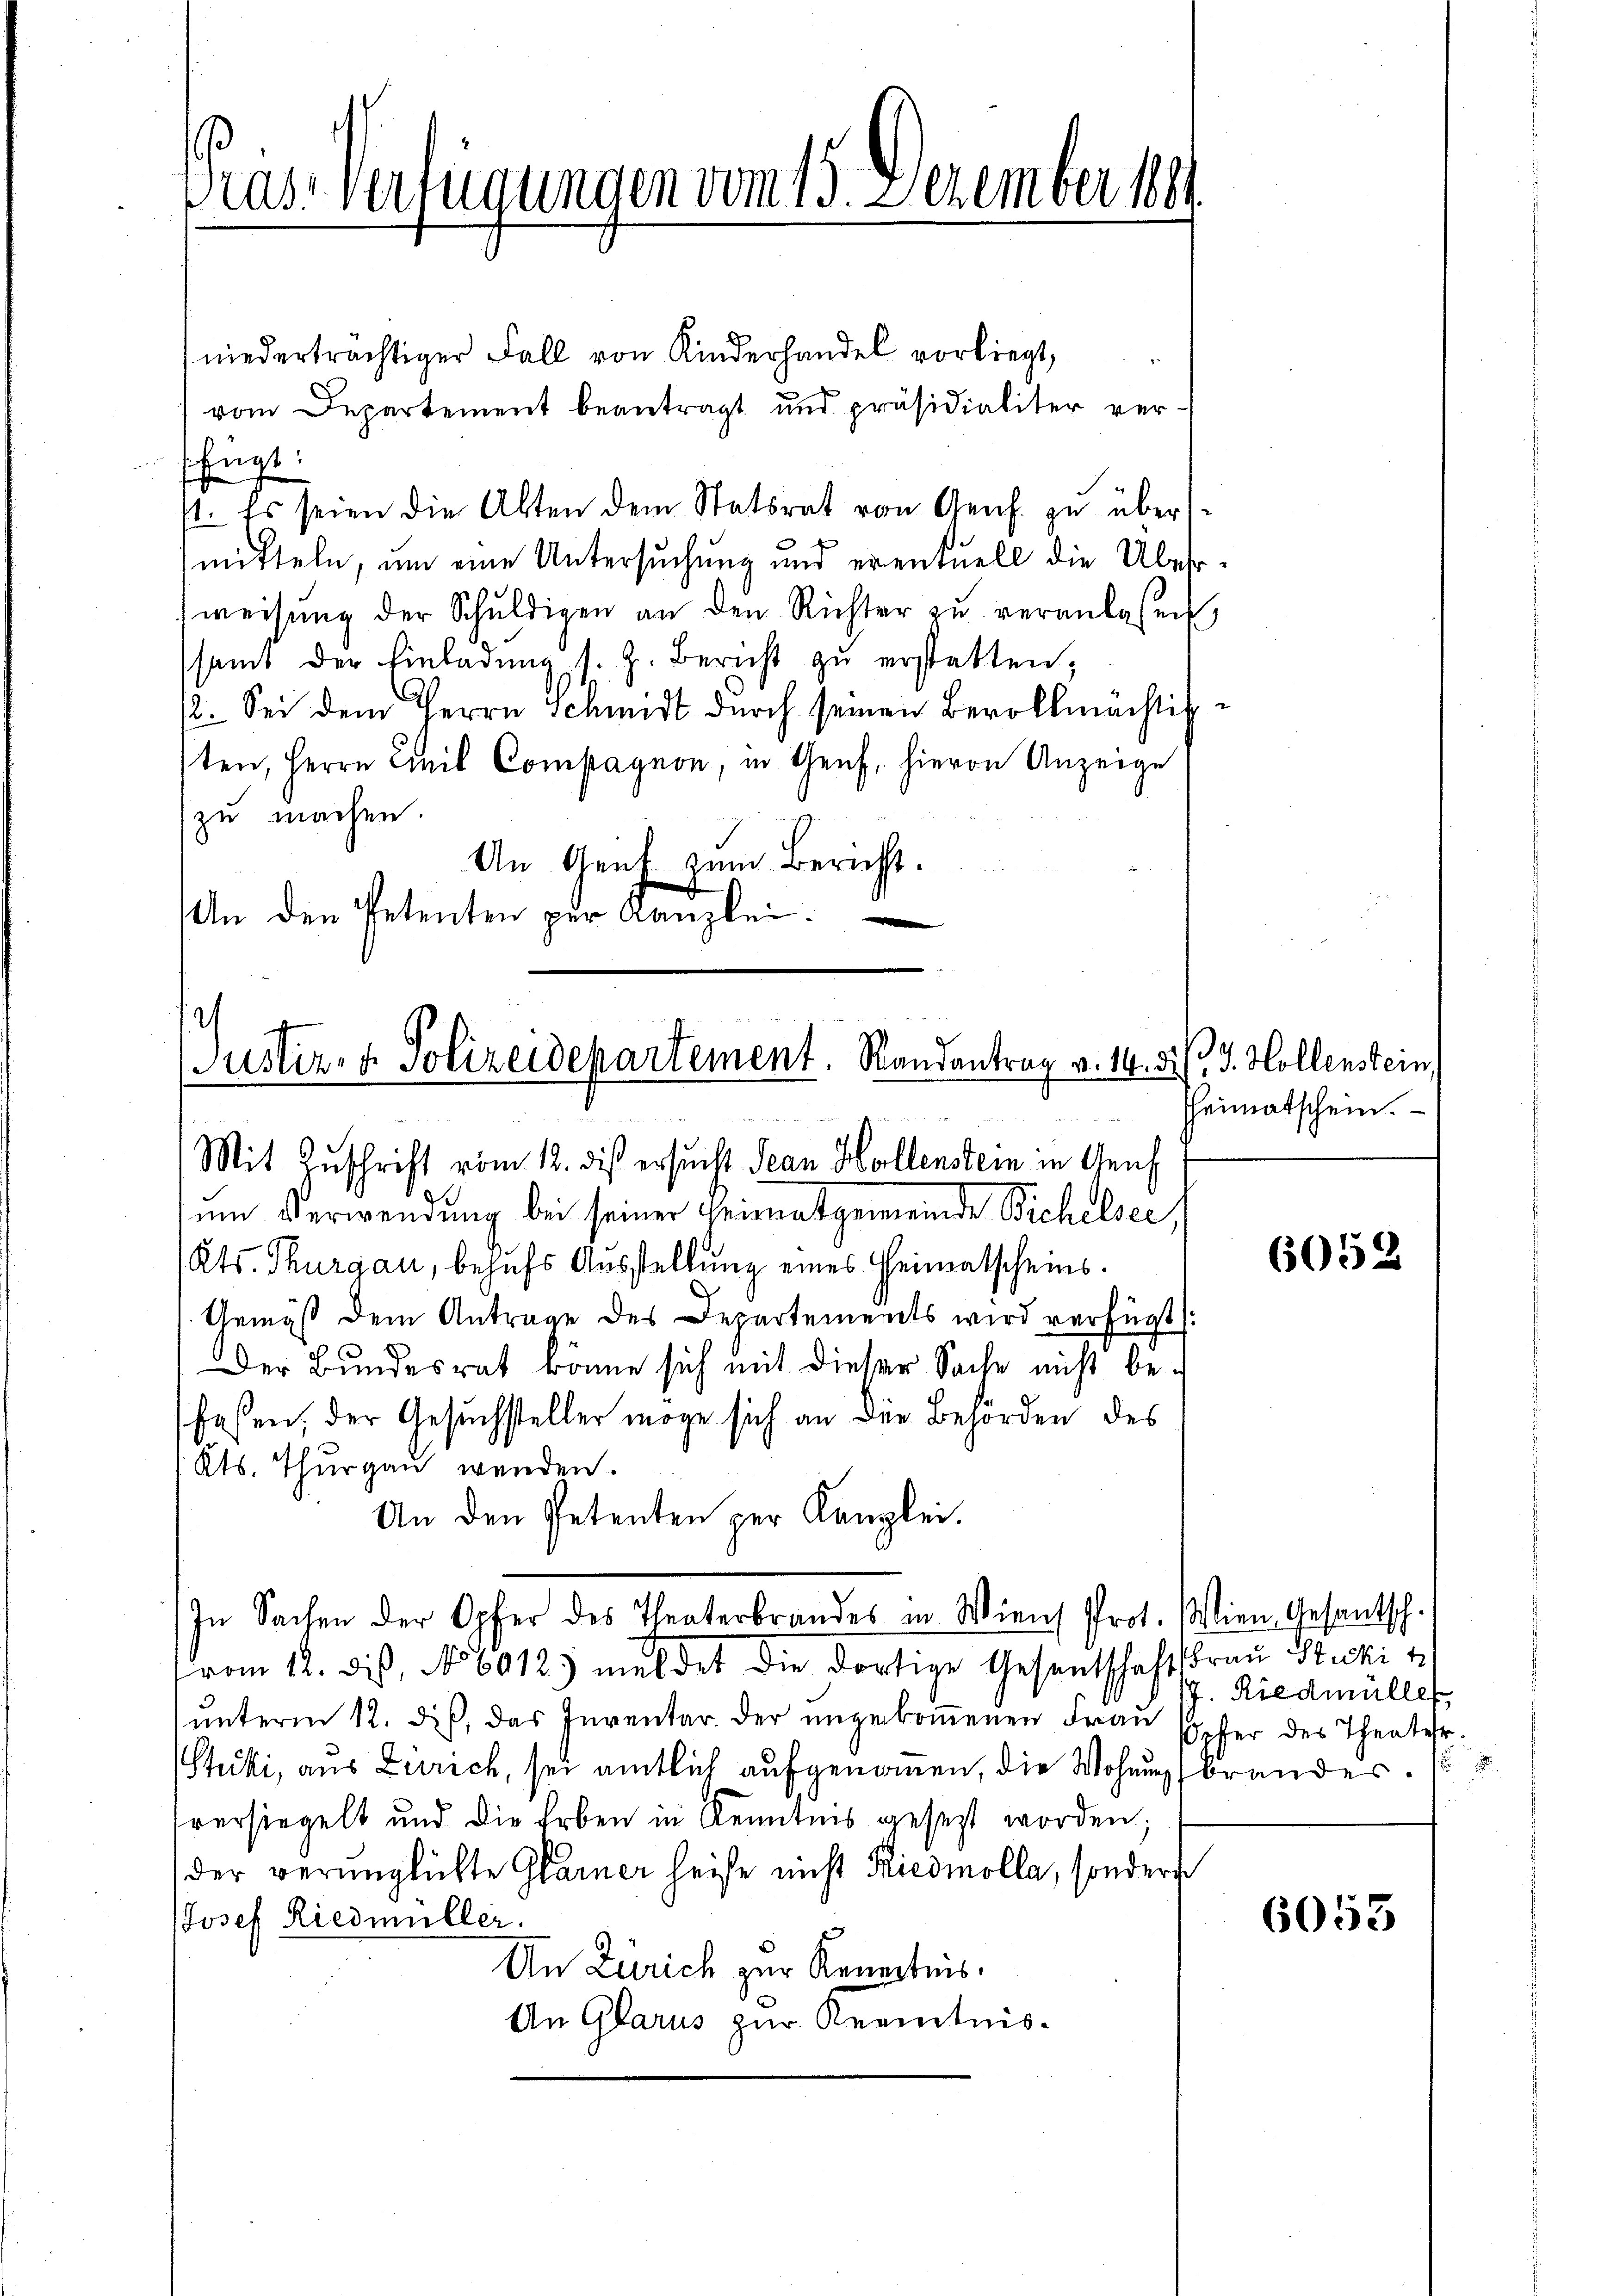
Prase Verfügungen vom 13. Dezember 1891

niederträchtiger Fall von Kinderhandel vorliegt,
5
vom Departement beantragt und präsidialiter ver-
fügt.
st. Es seien die Alten dem Statsrat von Genf. zu über
mitteln, um eine Untersuchung und eventuell die Überweisŭng der Schŭldigen an den Richter zŭ veranlassen,
samt der Einladŭng s. G. Bericht zŭ erstatten,
2. Sei dem Herrn Schmidt durch seinen Bevollmächtigten, Herrn Civil Compagnon, in Genf, hievon Anzeige
zu machen.
An Genf zum Bericht.
An den Petenten per Kanzlei.
.

Justiz- & Polizeidepartement. Randantrag v. 14. d.
Mit Zuschrift vom 12. dis ersucht Jean Hollenstein in Genf

zum Verwendung bei seiner Heimatgemeinde Sichelser,
Kts. Thurgau, behufs Ausstellung eines Heimatscheins¬
Gemäß dem Antrage des Departements wird verfügt:
Der Bundesrat könne sich mit dieser Sache nicht befaßen, der Gesuchsteller möge sich an die Behörden des
Kts. Thurgau wenden.
An den Petenten per Kanzlei.
vom 12. dis, No 6012. meldet die dortige Gesentschaftsfrau Stucki 1/
ŭnterm 12. des, das Inventar der ungekoṁenen Frau Sopfer des Theater
tucki, aus Zürich, sei amtlich aufgenommen, die Wohnungsbrandes. 15.
versiegelt und die Erben in Kenntnis gesetzt worden:
der verünglichte Glarner heise nicht Riedmolla, sondern
Josef Riedmüller.
An Zürich zur Kenntnis.
An Glarus zur Kenntnis¬

In Sachen der Opfer des Theaterbrandes in Wiens Prot. Wien Gesantsch.

33. Hollenstein
Heimatschein.

6052

J. Riedmüller

6053